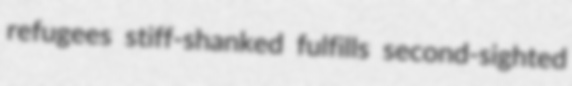
refugees stiff-shanked fulfills second-sighted